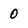
Character: 0